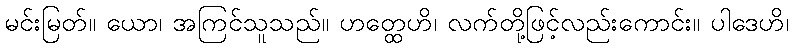
မင်းမြတ်။ ယော၊ အကြင်သူသည်။ ဟတ္ထေဟိ၊ လက်တို့ဖြင့်လည်းကောင်း။ ပါဒေဟိ၊